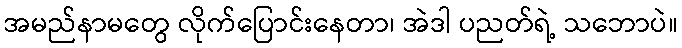
အမည်နာမတွေ လိုက်ပြောင်းနေတာ၊ အဲဒါ ပညတ်ရဲ့ သဘောပဲ။